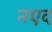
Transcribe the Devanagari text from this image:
नएद